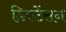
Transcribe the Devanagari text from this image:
डिस्टेंसन